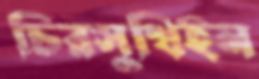
চিরসুখিইন